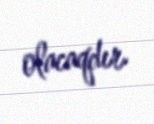
olacaqdır.